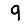
Digit: 9